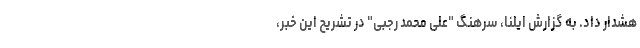
هشدار داد. به گزارش ایلنا، سرهنگ "علی‌ محمد رجبی" در تشریح این خبر،